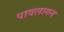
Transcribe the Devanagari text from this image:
पावलागन